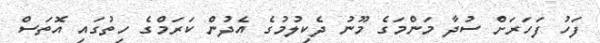
ފަހު ފަހަރަށް ސުދާ މަންމަގެ މޫނު ދެކިލުމުގެ އެދުން ކަރަމްގެ ހިތުގައި އޮތަސް